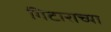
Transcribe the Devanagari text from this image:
गिटाराच्या